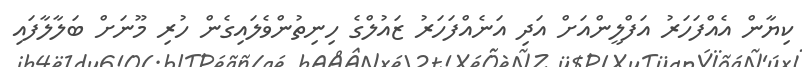
ކިޔާން އެއްފަހަރު އަފްލީންއަށް އަދި އަނެއްފަހަރު ޒައުލްގެ ހިނިތުންވެލައިގެން ހުރި މޫނަށް ބަލާލާފައި